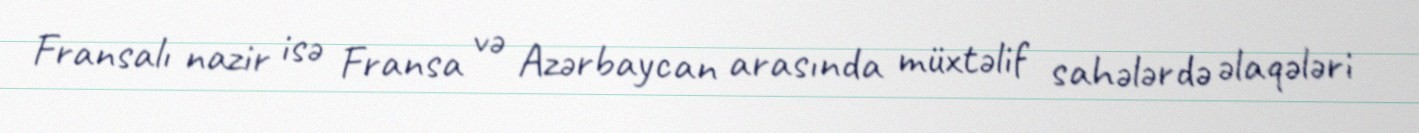
Fransalı nazir isə Fransa və Azərbaycan arasında müxtəlif sahələrdə əlaqələri